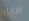
اقابله